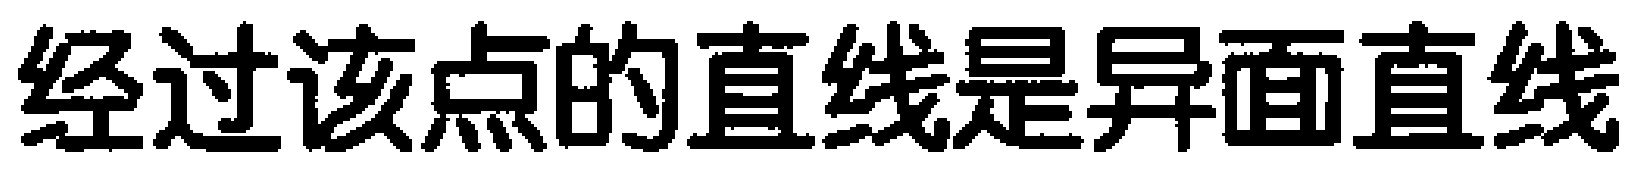
经过该点的直线是异面直线